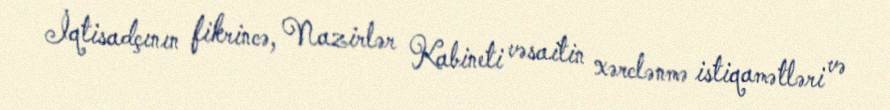
İqtisadçının fikrincə, Nazirlər Kabineti vəsaitin xərclənmə istiqamətləri və